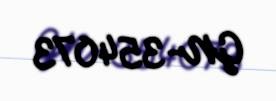
GN-354073